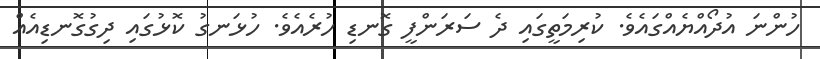
ހުންނަ އުދޯއްޔެއްގައެވެ. ކުރިމަތީގައި ދެ ސަރަންފީ ގޮނޑި ހުރެއެވެ. ހުޅަނގު ކޮޅުގައި ދިގުގޮނޑިއެއް